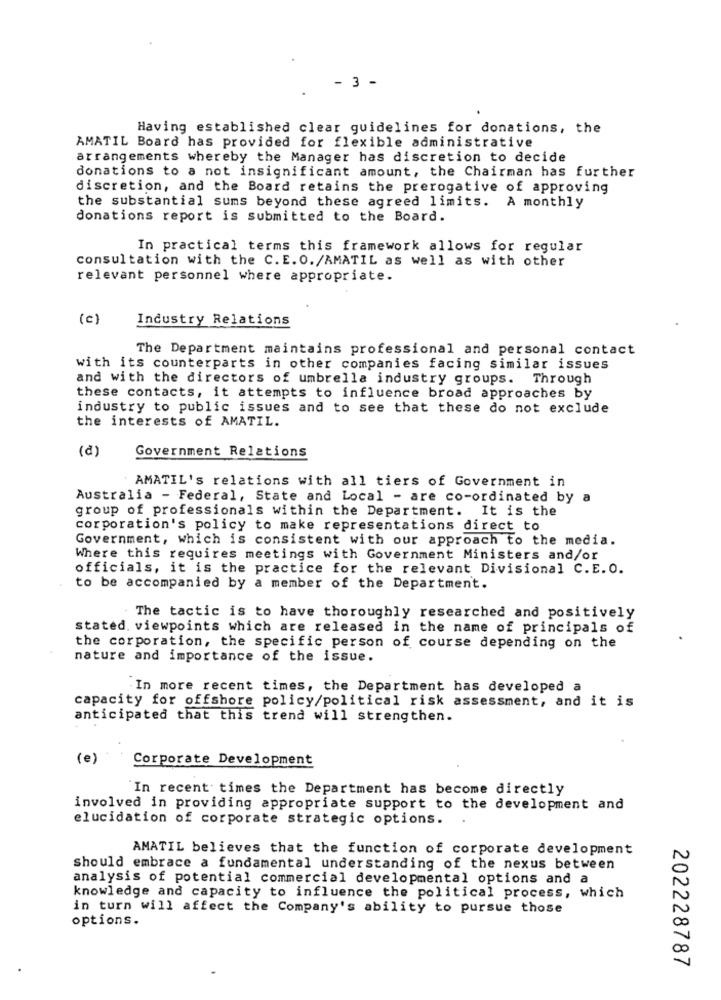
- 3 -
Having established clear guidelines for donations, the
AMATIL Board has provided for flexible administrative
arrangements whereby the Manager has discretion to decide
donations to a not insignificant amount, the Chairman has further
discretion, and the Board retains the prerogative of approving
the substantial sums beyond these agreed limits. A monthly
donations report is submitted to the Board.
In practical terms this framework allows for regular
consultation with the C. E. O./AMATIL as well as with other
relevant personnel where appropriate.
(c)
Industry Relations
The Department maintains professional and personal contact
with its counterparts in other companies facing similar issues
and with the directors of umbrella industry groups. Through
these contacts, it attempts to influence broad approaches by
industry to public issues and to see that these do not exclude
the interests of AMATIL.
Government Relations
(2)
AMATIL's relations with all tiers of Government in
Australia - Federal, State and Local - are co-ordinated by
group of professionals within the Department. It is the
corporation's policy to make representations direct to
Government, which is consistent with our approach to the media.
Where this requires meetings with Government Ministers and/or
officials, it is the practice for the relevant Divisional C.E.O.
to be accompanied by a member of the Department.
The tactic is to have thoroughly researched and positively
stated. viewpoints which are released in the name of principals of
the corporation, the specific person of course depending on the
nature and importance of the issue.
In more recent times, the Department has developed a
capacity for offshore policy/political risk assessment, and it is
anticipated that this trend will strengthen.
(e)
Corporate Development
In recent times the Department has become directly
involved in providing appropriate support to the development and
elucidation of corporate strategic options.
.
AMATIL believes that the function of corporate development
should embrace a fundamental understanding of the nexus between
analysis of potential commercial developmental options and a
knowledge and capacity to influence the political process, which
in turn will affect the Company's ability to pursue those
options.
202228787